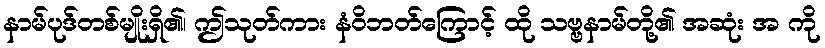
နာမ်ပုဒ်တစ်မျိုးရှိ၏၊ ဤသုတ်ကား နံဝိဘတ်ကြောင့် ထို သဗ္ဗနာမ်တို့၏ အဆုံး အ ကို